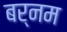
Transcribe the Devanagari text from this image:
बर्नम